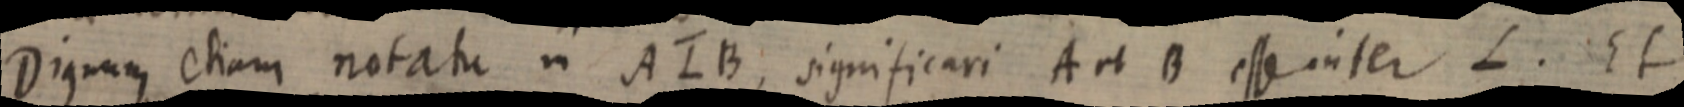
Dignum etiam notati in ALB, significari A et B esse inter L. Et